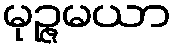
မုဉ္ဇမယာ